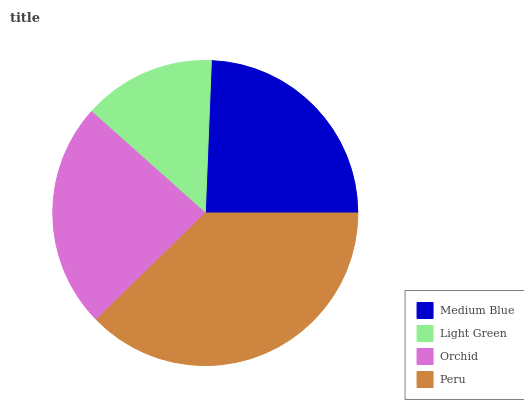
| Medium Blue | Light Green | Orchid | Peru |
 | --- | --- | --- | --- |
 | 24.4% | 14% | 23.9% | 37.7% |